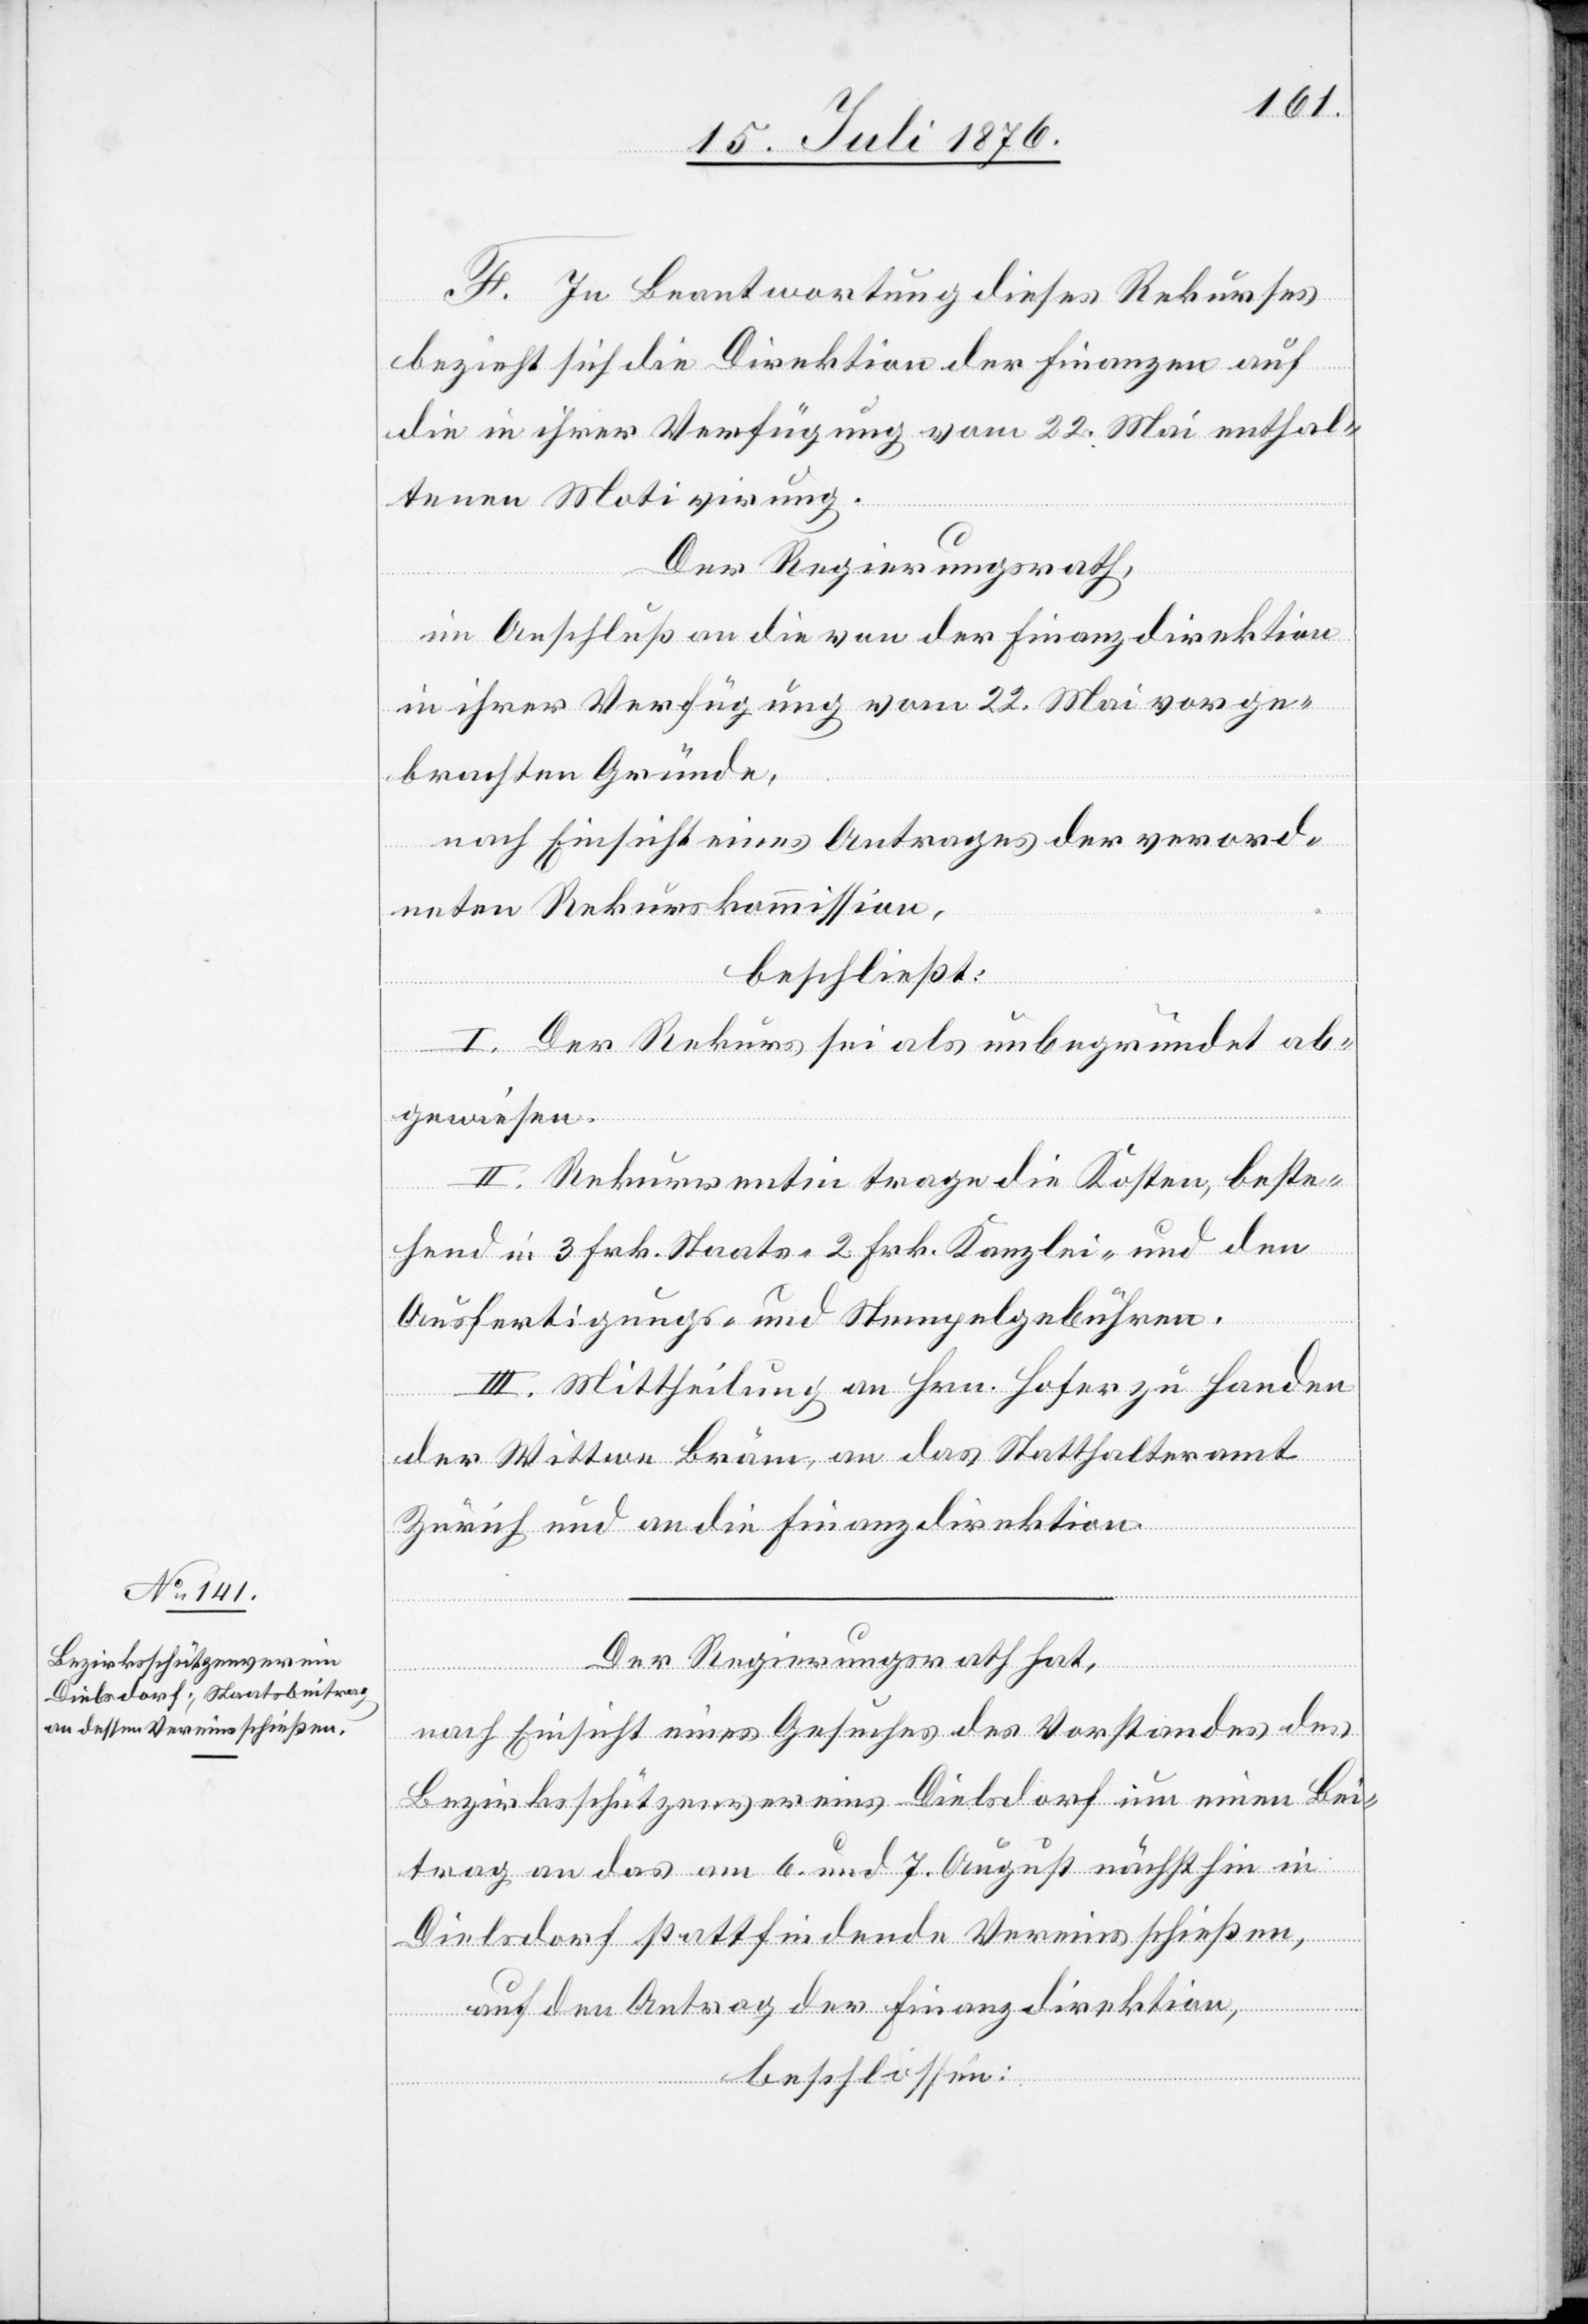
F. In Beantwortung dieses Rekurses
bezieht sich die Direktion der Finanzen auf
die in ihrer Verfügung vom 22. Mai enthal¬
Der Regierungsrath,
in Anschluß an die von der Finanzdirektion
in ihrer Verfügung vom 22. Mai vorge¬
brachten Gründe,
nach Einsicht eines Antrages der verord¬
neten Rekurskommission,
beschließt:
I. Der Rekurs sei als unbegründet ab¬
gewiesen.
II. Rekurrentin trage die Kosten, beste¬
hend in 3 Frk. Staats- 2 Frk. Kanzlei- nebst den
tivierung.
Ausfertigungs- und Stempelgebühren.
III. Mittheilung an Hrn. Hofer zu Handen
der Wittwe Bräm, an das Statthalteramt
Zürich und an die Finanzdirektion.
Der Regierungsrath hat,
Mo¬
nach Einsicht eines Gesuches des Vorstandes des
Bezirksschützenvereins Dielsdorf um einen Bei¬
trag an das am 6. und 7. August nächsthin in
Dielsdorf stattfindenden Vereinsschießen,
auf den Antrag der Finanzdirektion,
beschlossen: